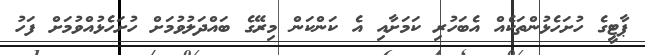
ޕާޓީގެ ހުށަހެޅުންތަކެއް އެބަހުރި ކަމަށާއި އެ ކަންކަން މިރޭގެ ބައްދަލުވުމަށް ހުށަހެޅުއްވުމަށް ފަހު